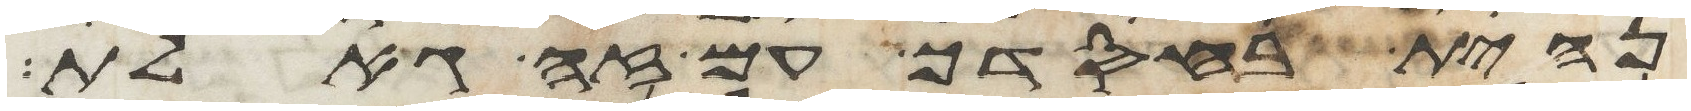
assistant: נחית בחסדך עם זה גאלת